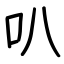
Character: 叭